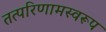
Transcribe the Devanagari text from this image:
तत्परिणामस्वरूप